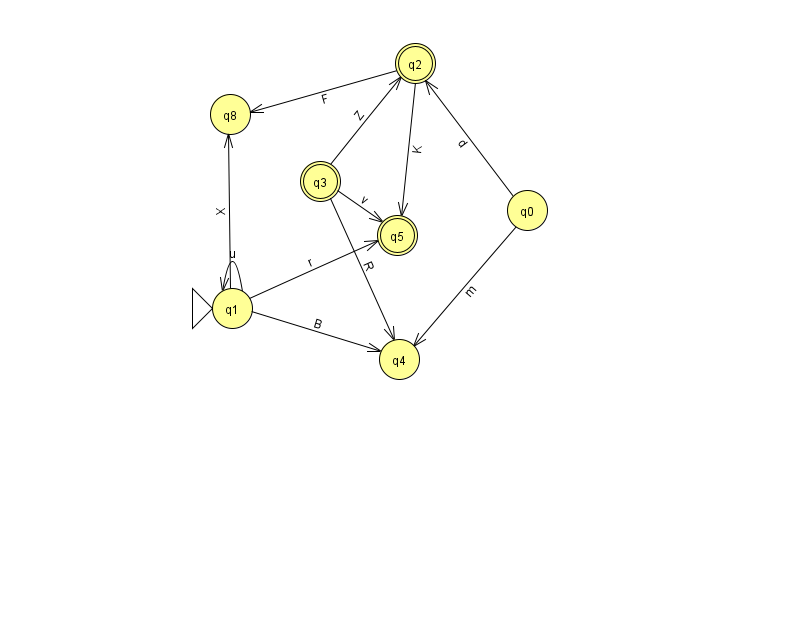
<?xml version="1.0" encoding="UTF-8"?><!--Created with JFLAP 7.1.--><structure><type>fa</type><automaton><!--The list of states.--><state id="0" name="q0"><x>527.0</x><y>197.0</y></state><state id="1" name="q1"><x>232.0</x><y>295.0</y><initial/></state><state id="2" name="q2"><x>415.0</x><y>50.0</y><final/></state><state id="3" name="q3"><x>320.0</x><y>168.0</y><final/></state><state id="4" name="q4"><x>399.0</x><y>346.0</y></state><state id="5" name="q5"><x>397.0</x><y>222.0</y><final/></state><state id="8" name="q8"><x>230.0</x><y>101.0</y></state><!--The list of transitions.--><transition><from>1</from><to>4</to><read>B</read></transition><transition><from>0</from><to>4</to><read>m</read></transition><transition><from>3</from><to>2</to><read>Z</read></transition><transition><from>1</from><to>1</to><read>u</read></transition><transition><from>0</from><to>2</to><read>d</read></transition><transition><from>3</from><to>4</to><read>R</read></transition><transition><from>2</from><to>8</to><read>F</read></transition><transition><from>3</from><to>5</to><read>v</read></transition><transition><from>1</from><to>5</to><read>r</read></transition><transition><from>1</from><to>8</to><read>X</read></transition><transition><from>2</from><to>5</to><read>K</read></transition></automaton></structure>